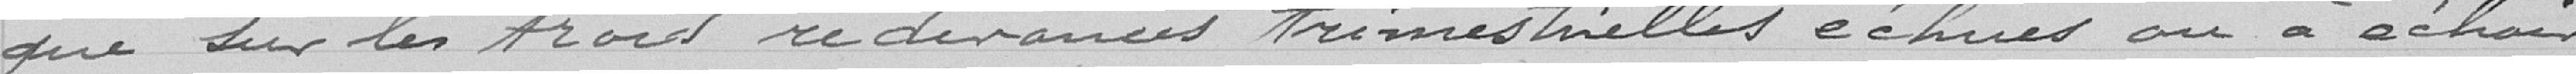
que sur les Frais redevances trimestrielles échues ou à échoir